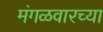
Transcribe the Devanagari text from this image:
मंगळवारच्या